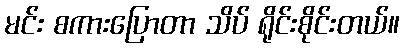
မင်း စကားပြောတာ သိပ် ရိုင်းစိုင်းတယ်။